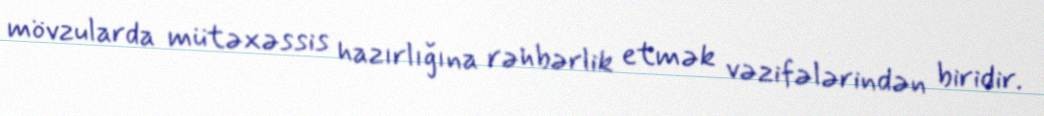
mövzularda mütəxəssis hazırlığına rəhbərlik etmək vəzifələrindən biridir.